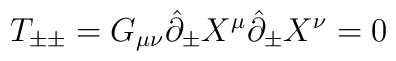
T_{\pm \pm} = G_{\mu \nu} \hat{\partial}_\pm X^\mu\hat{\partial}_\pm X^\nu = 0